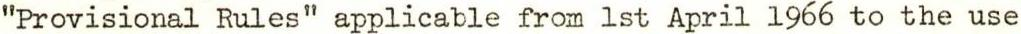
"Provisional Rules" applicable from 1st April 1966 to the use